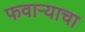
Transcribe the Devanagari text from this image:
फवाऱ्याचा